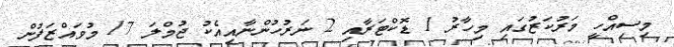
މިސިއްހީ މަރުކަޒުގައި މިހާރު 1 ޑޮކްޓަރާއި 2 ނަރުހުންނާއިއެކު ޖުމްލަ 17 މުވައްޒަފުން